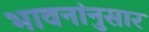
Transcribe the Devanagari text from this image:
भावनांनुसार